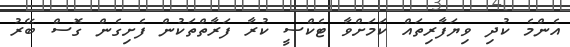
އެންމެ ކުދި ވިޔަފާރިތައް ކަމަށްވާ ޓެކްސީ ކުރާ ފަރާތްތަކުން ފެށިގެން ގޮސް ބޭރު